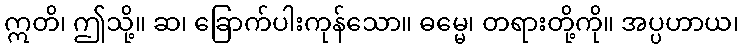
ဣတိ၊ ဤသို့။ ဆ၊ ခြောက်ပါးကုန်သော။ ဓမ္မေ၊ တရားတို့ကို။ အပ္ပဟာယ၊